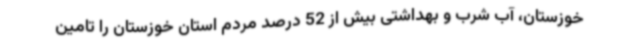
خوزستان، آب شرب و بهداشتی بیش از 52 درصد مردم استان خوزستان را تامین